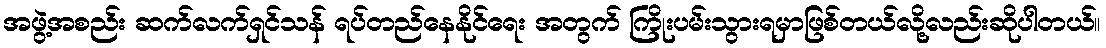
အဖွဲ့အစည်း ဆက်လက်ရှင်သန် ရပ်တည်နေနိုင်ရေး အတွက် ကြိုးပမ်းသွားရမှာဖြစ်တယ်လို့လည်းဆိုပါတယ်။